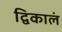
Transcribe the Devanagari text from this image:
द्विकालं